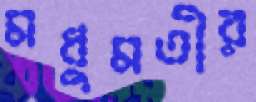
মধুমতীর